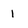
Character: 1